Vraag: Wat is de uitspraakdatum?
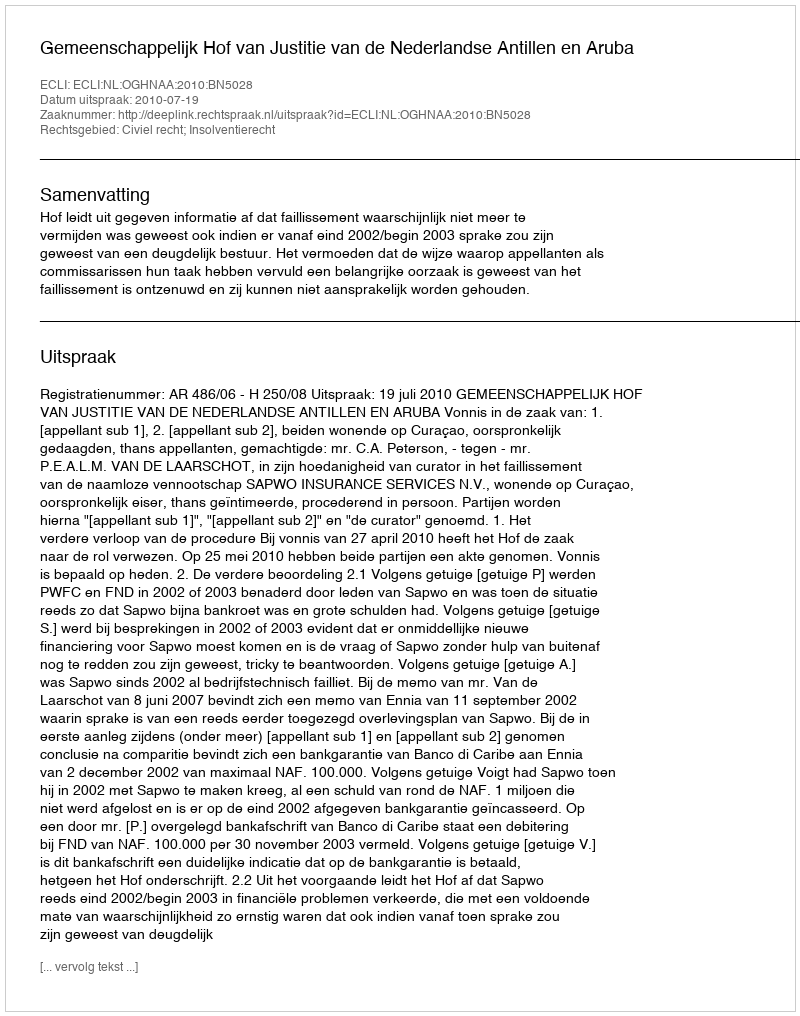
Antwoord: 2010-07-19